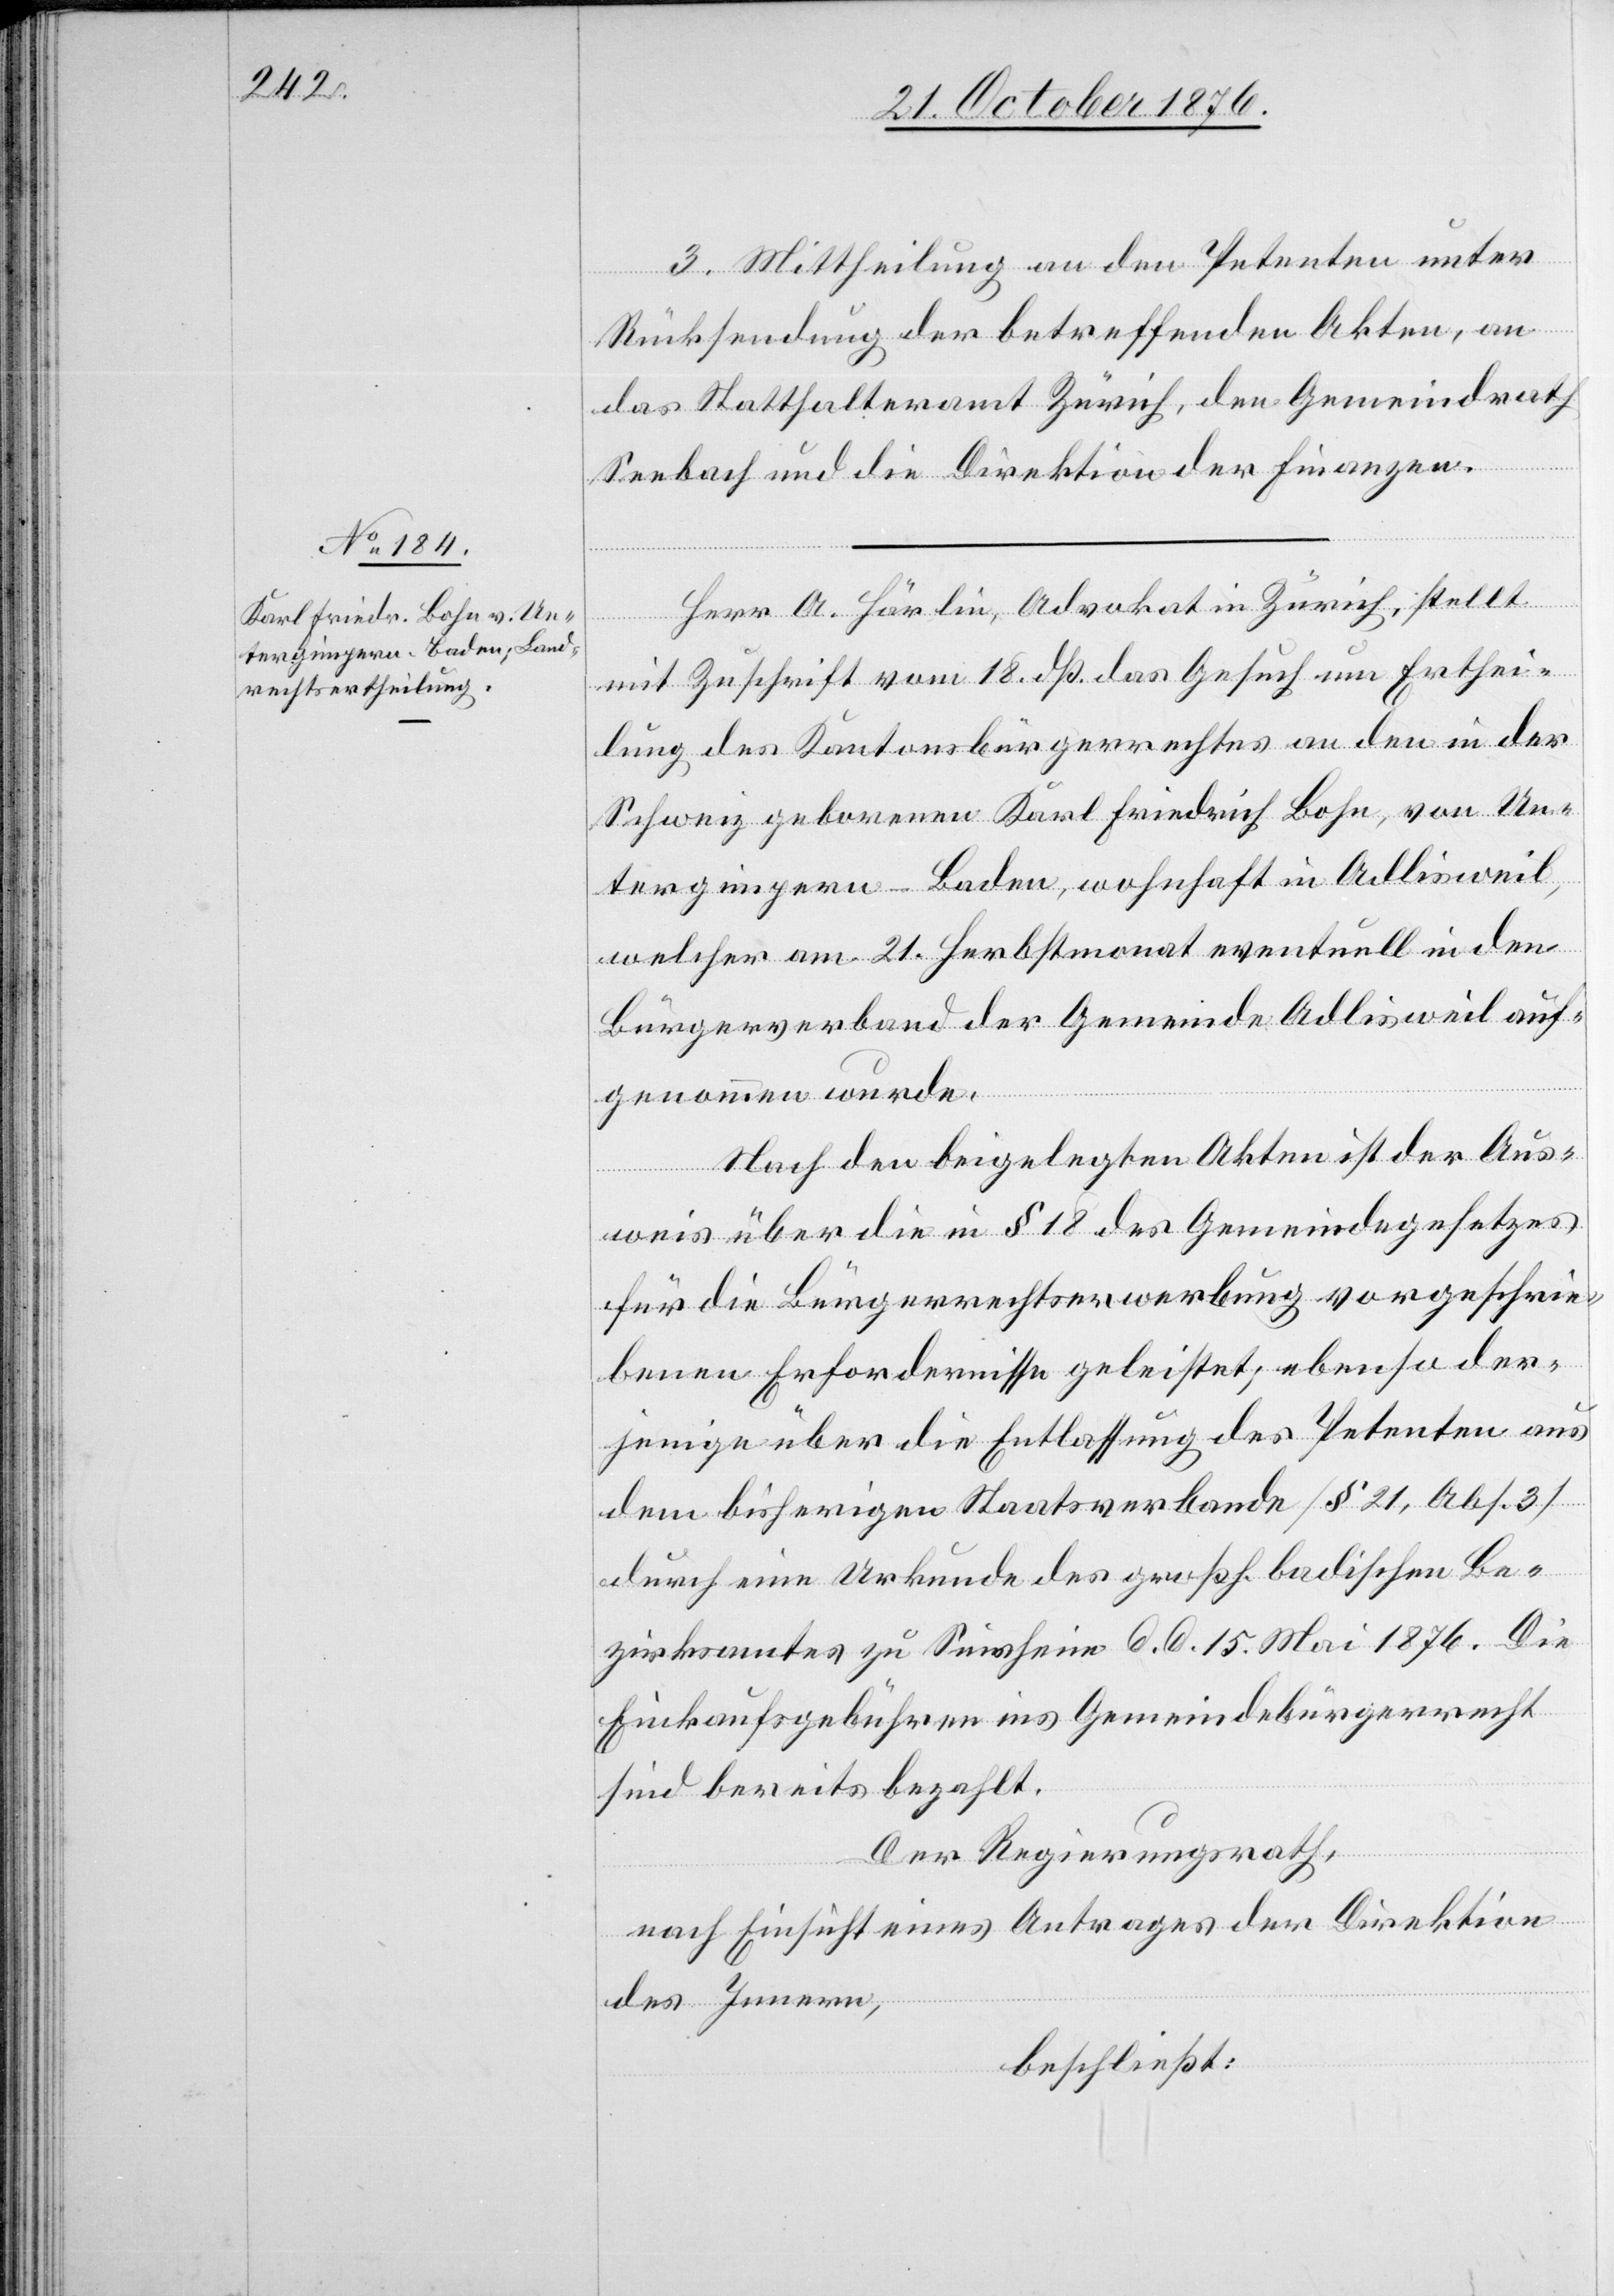
3. Mittheilung an den Petenten unter
Rücksendung der betreffenden Akten, an
das Statthalteramt Zürich, den Gemeindrath
Seebach und die Direktion der Finanzen.
Herr A. Härlin, Advokat in Zürich, stellt
mit Zuschrift vom 18. dß. das Gesuch um Erthei¬
lung des Kantonsbürgerrechtes an den in der
Schweiz geborenen Karl Friedrich Bohn, von Un¬
tergimpern - Banden, wohnhaft in Adlisweil,
welcher am 21. Herbstmonat eventuell in den
Bürgerverband der Gemeinde Adlisweil auf¬
genommen wurde.
Nach den beigelegten Akten ist der Aus¬
weis über die in § 18 des Gemeindegesetzes
für die Bürgerrechtserwerbung vorgeschrie¬
benen Erfordernisse geleistet; ebenso der¬
jenige über die Entlassung des Petenten aus
dem bisherigen Staatsverbande [§ 21, Abs. 3]
durch eine Urkunde des großh. badischen Be¬
zirksamtes zu Sinsheim d. d. 15. Mai 1876. Die
Einkaufsgebühren ins Gemeindebürgerrecht
sind bereits bezahlt.
Der Regierungsrath,
nach Einsicht eines Antrages der Direktion
des Innern,
beschließt: